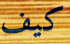
كيف